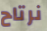
نرتاح